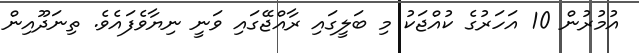
އުމުރުން 10 އަހަރުގެ ކުއްޖަކު މި ބަލީގައި ރާއްޖޭގައި ވަނީ ނިޔާވެފައެވެ. ތިނަދޫއިން